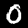
Label: 0